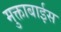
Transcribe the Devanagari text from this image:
मुक्ताबाईस